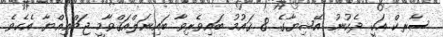
ސާރކް އަކީ ދެކުނު އޭޝިޔާގެ 8 ޤައުމު ބައިވެރިވާ ބައިނަލްއަޤްވާމީ ޖަމްޢިއްޔާ އެކެވެ.